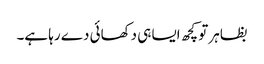
بظاہر تو کچھ ایسا ہی دکھائی دے رہا ہے۔